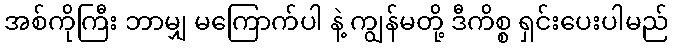
အစ်ကိုကြီး ဘာမျှ မကြောက်ပါ နဲ့ ကျွန်မတို့ ဒီကိစ္စ ရှင်းပေးပါမည်